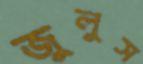
জুলুস